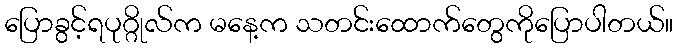
ပြောခွင့်ရပုဂ္ဂိုလ်က မနေ့က သတင်းထောက်တွေကိုပြောပါတယ်။